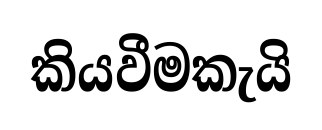
කියවීමකැයි